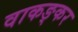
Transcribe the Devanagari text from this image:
वाकङ्कर